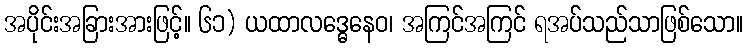
အပိုင်းအခြားအားဖြင့်။ ၆၁) ယထာလဒ္ဓေနေဝ၊ အကြင်အကြင် ရအပ်သည်သာဖြစ်သော။